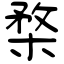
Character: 楘